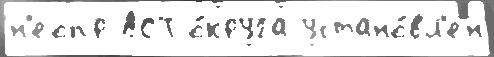
н'еопр АСТ о́круга устано́вл'ен